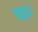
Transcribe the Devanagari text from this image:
पाडर